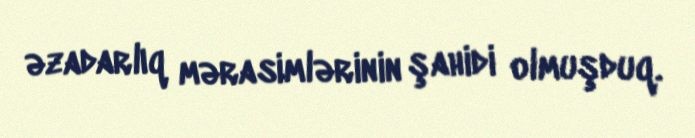
əzadarlıq mərasimlərinin şahidi olmuşduq.